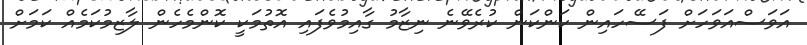
އަވަސްއަވަހަށް ފަސޭހައިން ކަންކަން ކުރެވޭނެ ނިޒާމު ގާއިމުވެފައި އޮތުމަކީ ކޮންމެހެން ލާޒިމުކަމެއް ކަމަށް